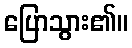
ပြောသွား၏။